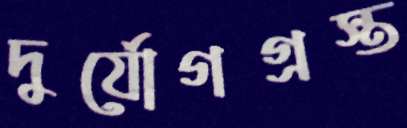
দুর্যোগগ্রস্ত